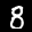
Label: 8